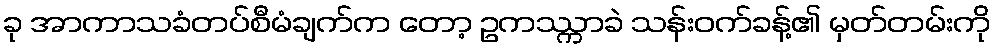
ခု အာကာသခံတပ်စီမံချက်က တော့ ဥကဿ္ကာခဲ သန်းဝက်ခန့်၏ မှတ်တမ်းကို